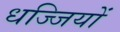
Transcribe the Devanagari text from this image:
धज्जियों